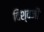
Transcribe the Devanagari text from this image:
विश्वजी